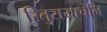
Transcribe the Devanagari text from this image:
रितुरायाचेनि